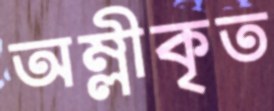
অম্লীকৃত